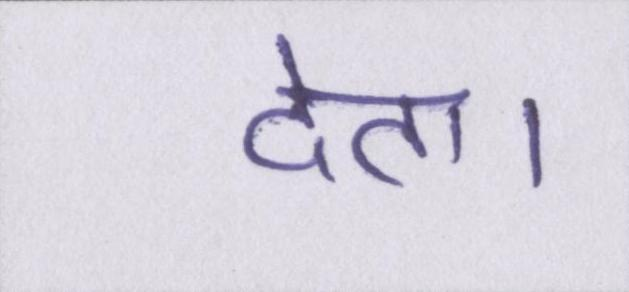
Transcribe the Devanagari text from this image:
देता।